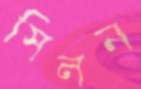
সিলন